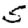
Digit: 5